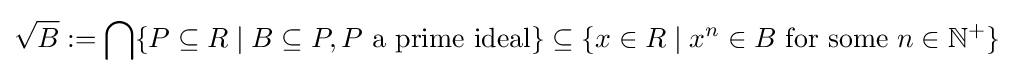
{\sqrt {B}}:=\bigcap \{P\subseteq R\mid B\subseteq P,P{\mbox{ a prime ideal}}\}\subseteq \{x\in R\mid x^{n}\in B{\mbox{ for some }}n\in \mathbb {N} ^{+}\}